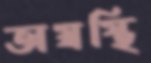
অস্বস্থি